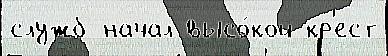
служб начал высо́кой кр'ест